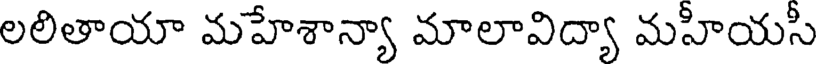
లలితాయా మహేశాన్యా మాలావిద్యా మహీయసీ